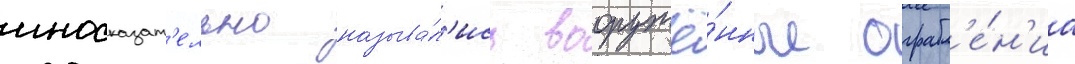
иносказат'ельно называ́л'ись вооружё́нные ограбл'е́н'иа